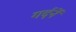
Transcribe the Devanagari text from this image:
गर्दनें